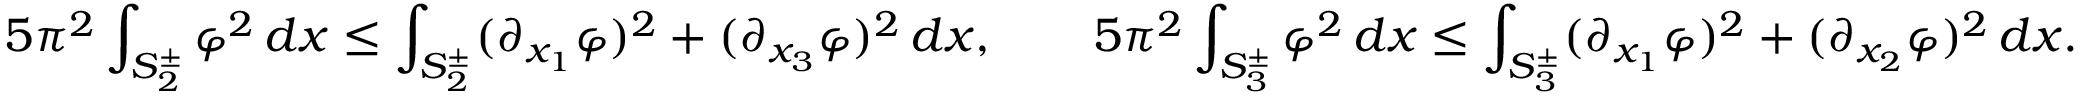
5 \pi ^ { 2 } \int _ { S _ { 2 } ^ { \pm } } \varphi ^ { 2 } \, d x \le \int _ { S _ { 2 } ^ { \pm } } ( \partial _ { x _ { 1 } } \varphi ) ^ { 2 } + ( \partial _ { x _ { 3 } } \varphi ) ^ { 2 } \, d x , \qquad 5 \pi ^ { 2 } \int _ { S _ { 3 } ^ { \pm } } \varphi ^ { 2 } \, d x \le \int _ { S _ { 3 } ^ { \pm } } ( \partial _ { x _ { 1 } } \varphi ) ^ { 2 } + ( \partial _ { x _ { 2 } } \varphi ) ^ { 2 } \, d x .